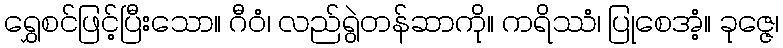
ရွှေစင်ဖြင့်ပြီးသော။ ဂီဝံ၊ လည်ရွဲတန်ဆာကို။ ကရိဿံ၊ ပြုစေအံ့။ ခုဇ္ဇေ၊